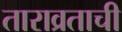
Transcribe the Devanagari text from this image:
ताराव्रताची